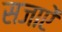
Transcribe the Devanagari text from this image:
सजाएें